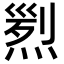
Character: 煭